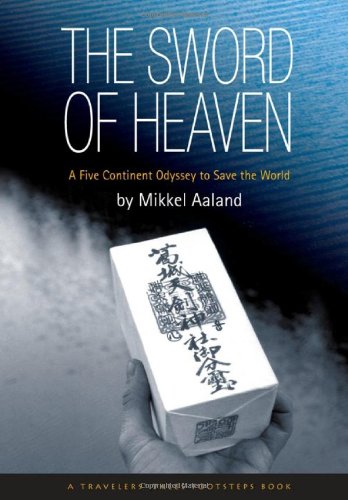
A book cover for The Sword of Heaven: A Five Continent Odyssey to Save the World (Travelers' Tales Guides); Mikkel Aaland; Religion & Spirituality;